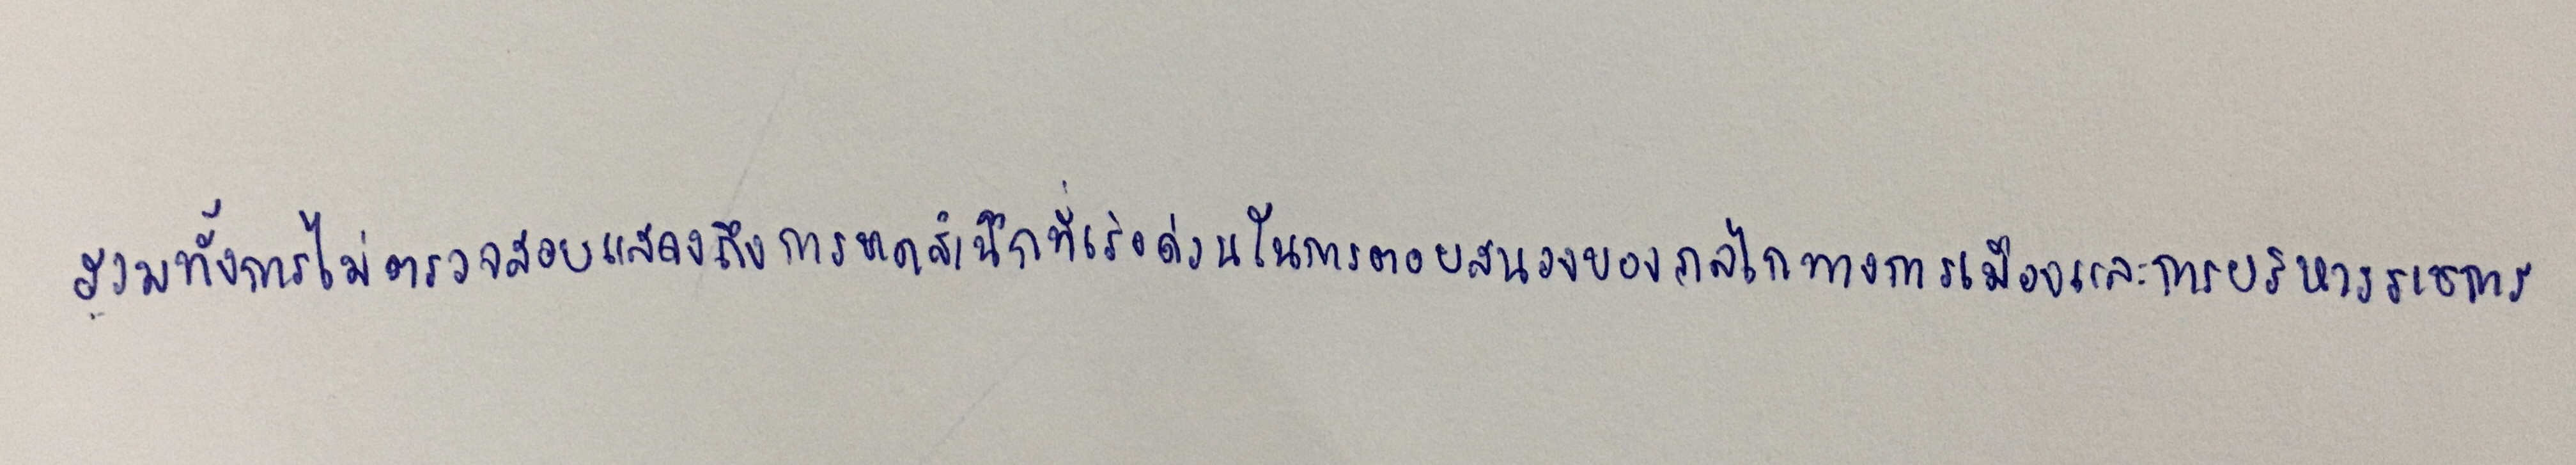
รวมทั้งการไม่ตรวจสอบแสดงถึงการขาดสำนึกที่เร่งด่วนในการตอบสนองของกลไกทางการเมืองและการบริหารราชการ